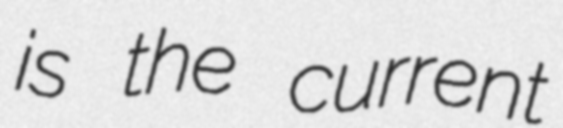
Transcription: is the current